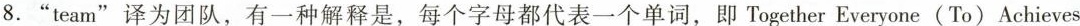
8.”team”译为团队，有一种解释是，每个字母都代表一个单词，即Together Everyone ( To ) Achieves